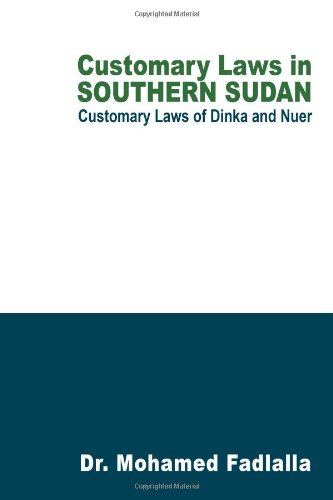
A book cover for Customary Laws In Southern Sudan: Customary Laws Of Dinka And Nuer; Dr. Mohamed Fadlalla; Law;